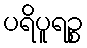
ပရိပူရဉ္စ